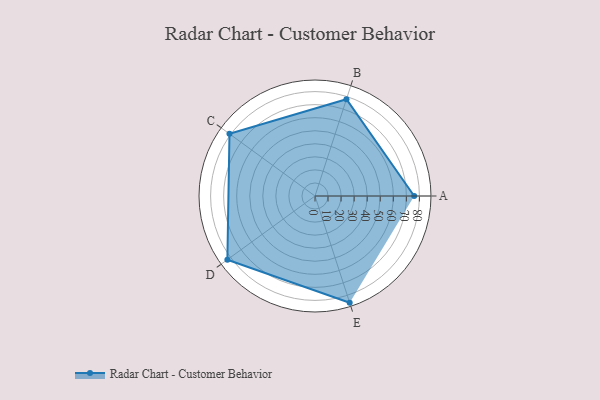
{"axis": {"x": "Skill", "y": "Score"}, "legend": ["Profile"], "data": [{"x": "A", "y": 76.0, "type": "Profile"}, {"x": "B", "y": 78.0, "type": "Profile"}, {"x": "C", "y": 81.0, "type": "Profile"}, {"x": "D", "y": 83.0, "type": "Profile"}, {"x": "E", "y": 86.0, "type": "Profile"}]}